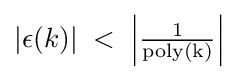
|\epsilon (k)|\;<\;\left|{\tfrac {1}{\mathrm {poly(k)} }}\right|